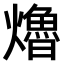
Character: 𤑟